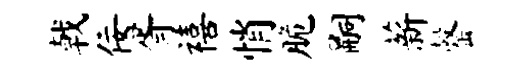
戟佞胥禧悄脆嗣薪罄